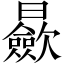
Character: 𣌋